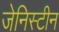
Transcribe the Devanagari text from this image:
जेनिस्टीन